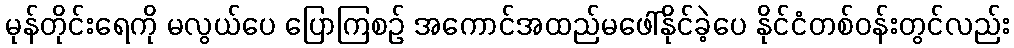
မုန်တိုင်းရေကို မလွယ်ပေ ပြောကြစဉ် အကောင်အထည်မဖေါ်နိုင်ခဲ့ပေ နိုင်ငံတစ်ဝန်းတွင်လည်း